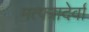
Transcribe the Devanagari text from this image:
मत्पत्रादेर्वां